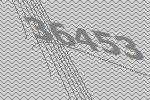
36453